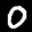
Label: 0